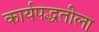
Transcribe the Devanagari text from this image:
कार्यपद्धतीला